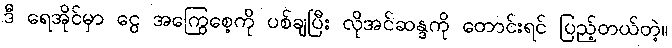
ဒီ ရေအိုင်မှာ ငွေ အကြွေစေ့ကို ပစ်ချပြီး လိုအင်ဆန္ဒကို တောင်းရင် ပြည့်တယ်တဲ့။